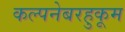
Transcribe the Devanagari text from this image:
कल्पनेबरहुकूम